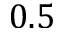
0 . 5